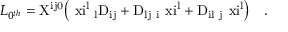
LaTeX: { \cal L } _ { 0 ^ { t h } } = \mathrm { X ^ { i j 0 } \big ( \ x i ^ { l } \partial _ { l } D _ { i j } + D _ { l j } \partial _ { i } \ x i ^ { l } + D _ { i l } \partial _ { j } \ x i ^ { l } \big ) } ~ ~ ~ .